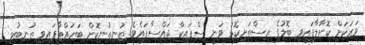
ވަރަކަށް ކޮށާލާފައިވި ބޮލުގެ އިސްތަށިކޮޅު ވަނީ ސްޕައިކް ޖައްސާފައެވެ. ތުނިތުނިކޮށް ބަހައްޓާފައިވި ތުނބުޅި